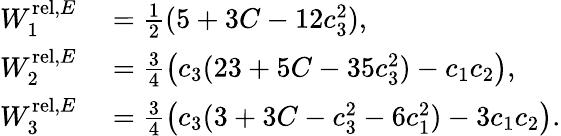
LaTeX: \begin{array}{rl}{W_{1}^{\mathrm{rel},E}}&{{}=\frac 12(5+3C-12c_{3}^{2}),}\\ {W_{2}^{\mathrm{rel},E}}&{{}=\frac 34\big(c_{3}(23+5C-35c_{3}^{2})-c_{1}c_{2}\big),}\\ {W_{3}^{\mathrm{rel},E}}&{{}=\frac 34\big(c_{3}(3+3C-c_{3}^{2}-6c_{1}^{2})-3c_{1}c_{2}\big).}\end{array}